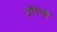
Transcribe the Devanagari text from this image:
टोरेनो